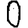
Digit: 0